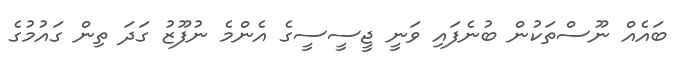
ބައެއް ނޫސްތަކުން ބުނެފައި ވަނީ ޖީސީސީގެ އެންމެ ނުފޫޒު ގަދަ ތިން ގައުމުގެ